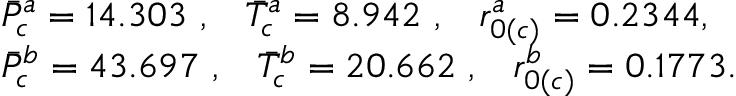
\begin{array} { r l } & { \Bar { P } _ { c } ^ { a } = 1 4 . 3 0 3 \, \, , \, \, \, \, \, \Bar { T } _ { c } ^ { a } = 8 . 9 4 2 \, \, , \, \, \, \, \, r _ { 0 ( c ) } ^ { a } = 0 . 2 3 4 4 , } \\ & { \Bar { P } _ { c } ^ { b } = 4 3 . 6 9 7 \, \, , \, \, \, \, \, \Bar { T } _ { c } ^ { b } = 2 0 . 6 6 2 \, \, , \, \, \, \, \, r _ { 0 ( c ) } ^ { b } = 0 . 1 7 7 3 . } \end{array}